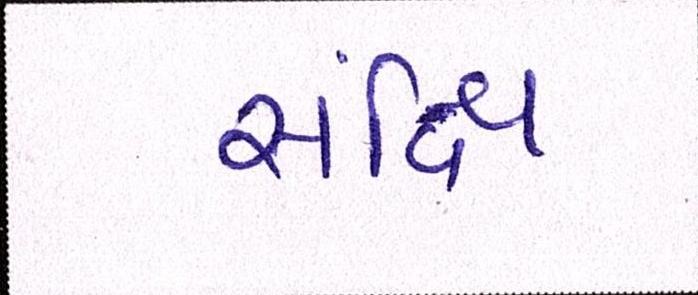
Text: સંક્ષિ